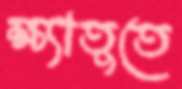
ক্ষ্যাতুতে